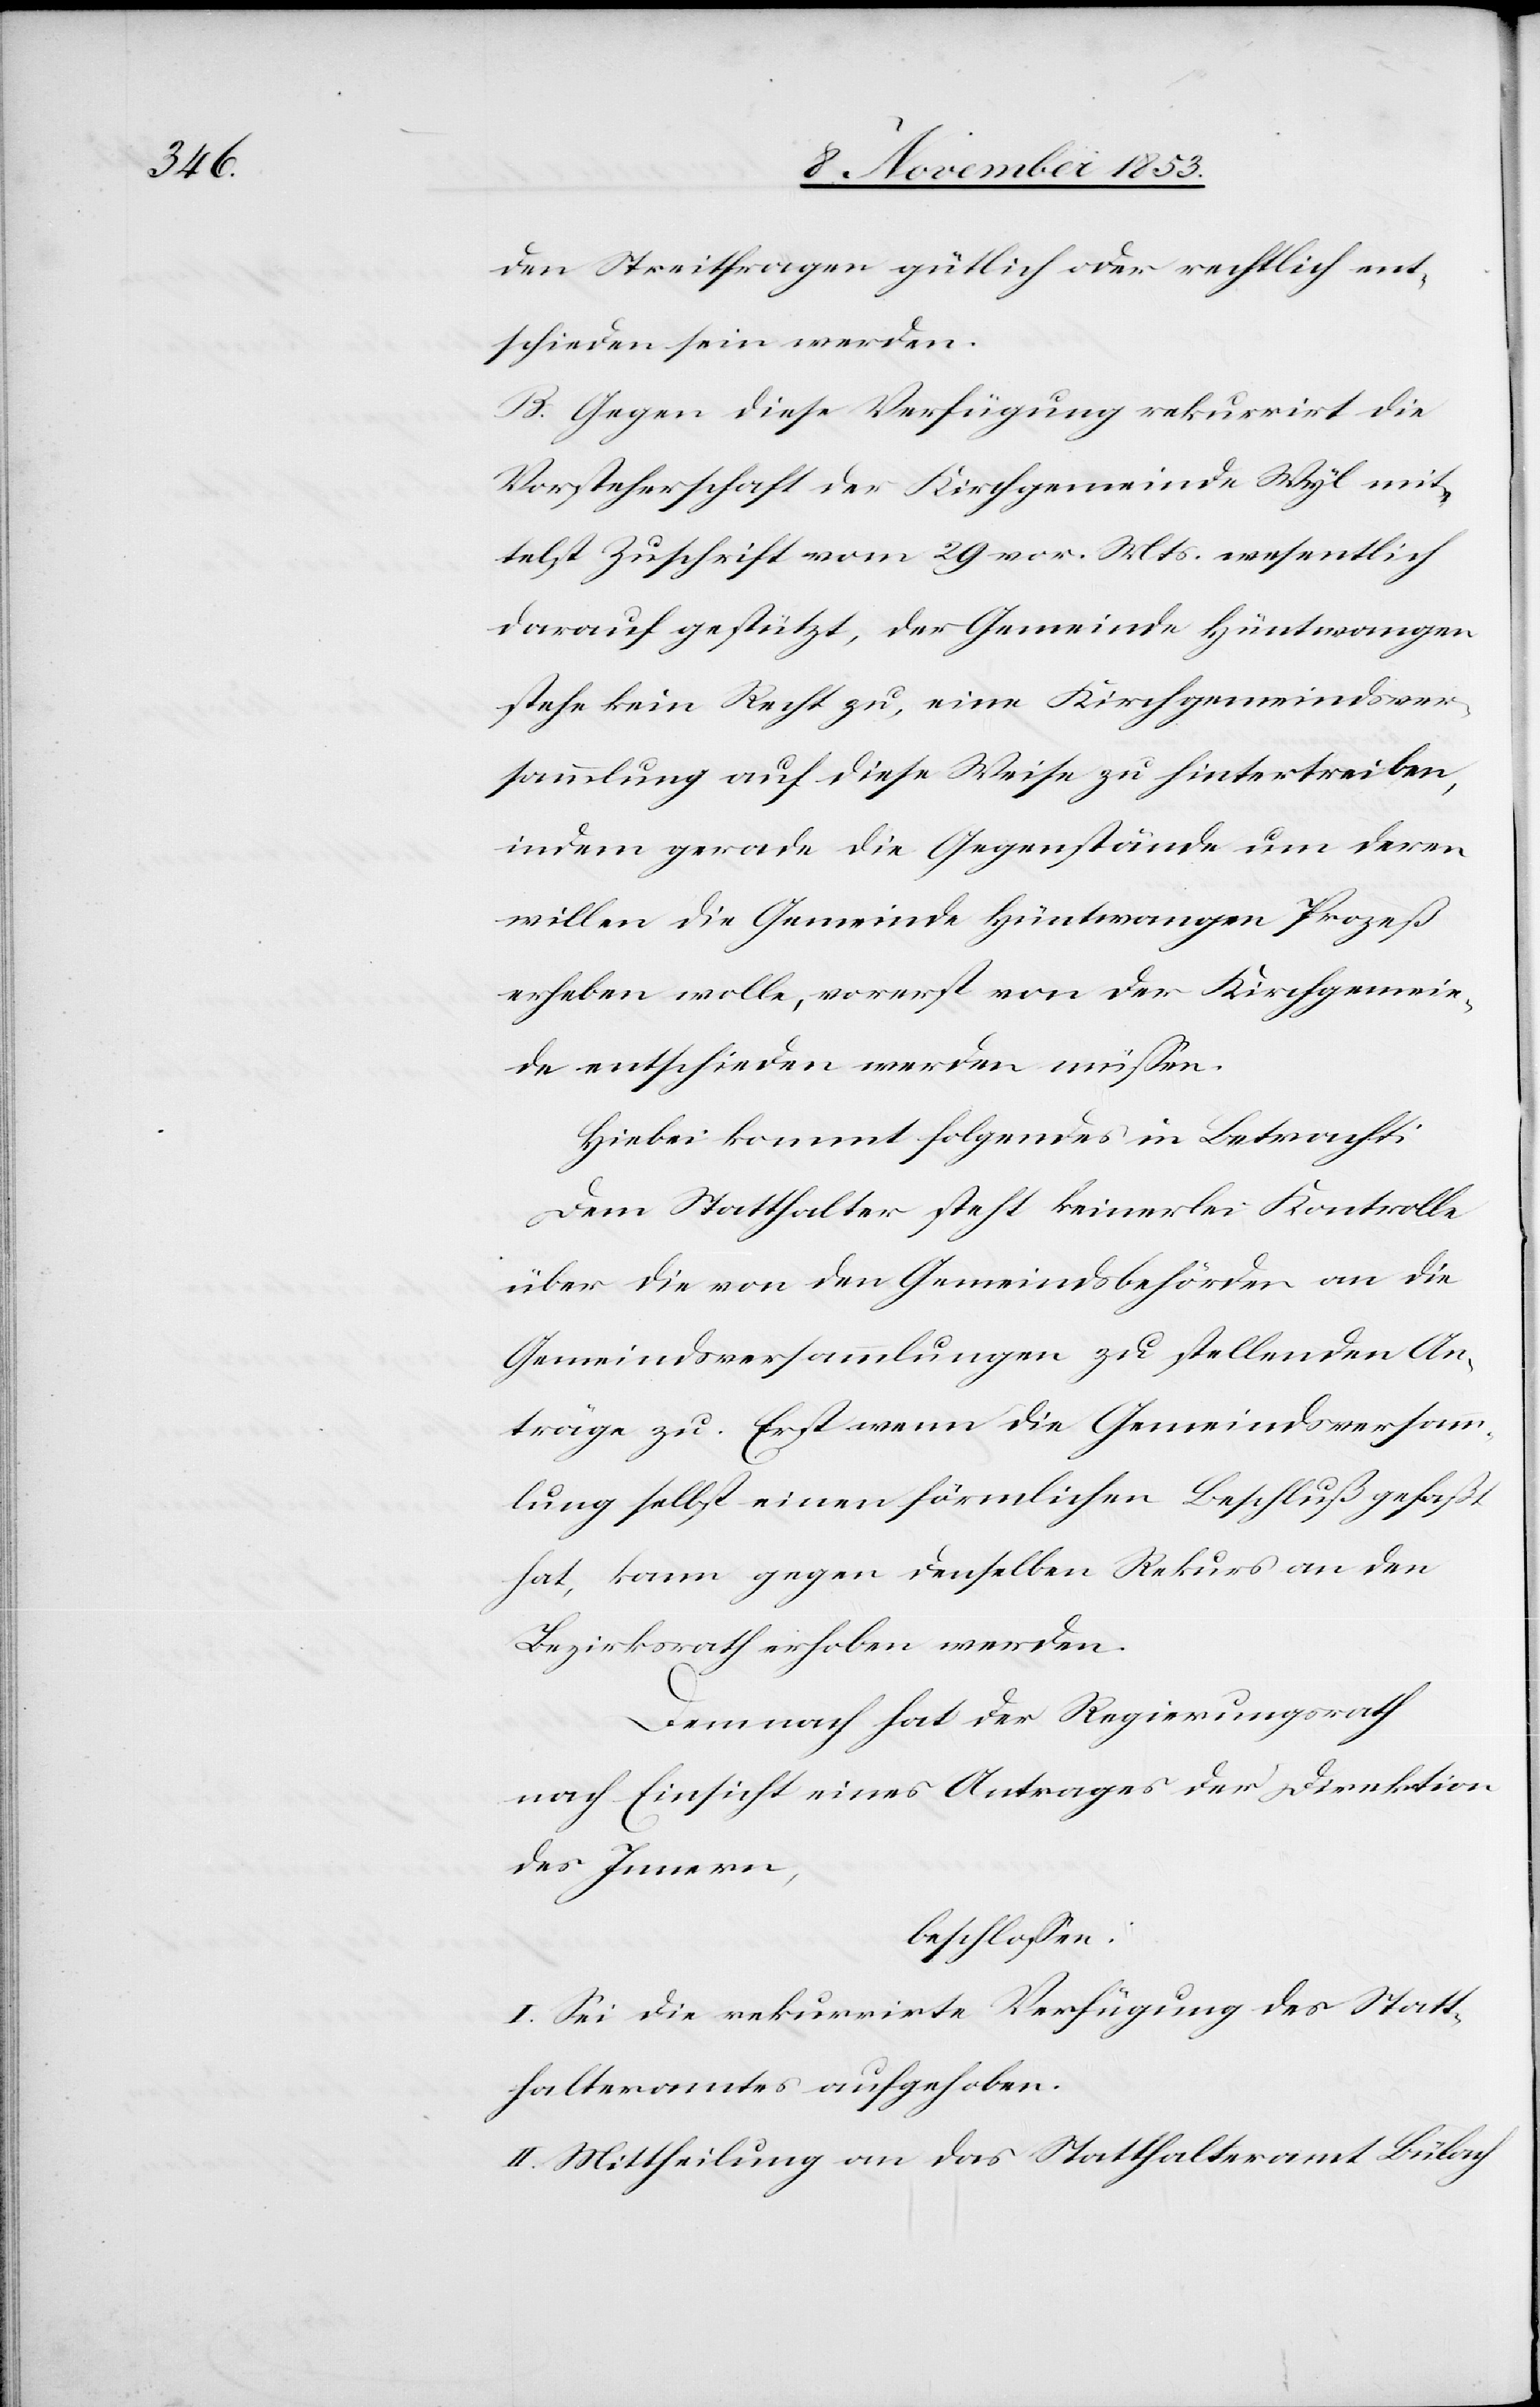
den Streitfragen gütlich oder rechtlich ent¬
schieden sein werden.
B. Gegen diese Verfügung rekurrirt die
Vorsteherschaft der Kirchgemeinde Wyl mit¬
telst Zuschrift vom 29 vor. Mts. wesentlich
darauf gestützt, der Gemeinde Hüntwangen
stehe kein Recht zu, eine Kirchgemeindsver¬
sammlung auf diese Weise zu hintertreiben,
indem gerade die Gegenstände um deren
willen die Gemeinde Hüntwangen Prozeß
erheben wolle, vorerst von der Kirchgemein¬
de entschieden werden müsse.
Hiebei kommt folgendes in Betracht:
Dem Statthalter steht keinerlei Kontrolle
über die von den Gemeindsbehörden an die
Gemeindsversammlungen zu stellenden An¬
träge zu. Erst wenn die Gemeindsversamm¬
lung selbst einen förmlichen Beschluß gefaßt
hat, kann gegen denselben Rekurs an den
Bezirksrath erhoben werden.
Demnach hat der Regierungsrath
nach Einsicht eines Antrages der Direktion
des Innern,
beschloßen:
I. Sei die rekurrirte Verfügung des Statt¬
halteramtes aufgehoben.
II. Mittheilung an das Statthalteramt Bülach